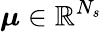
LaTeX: \boldsymbol{\mu}\in\mathbb{R}^{N_{s}}